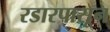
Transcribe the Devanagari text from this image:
रडारपासून